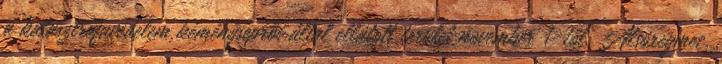
a katasztrófavédelem kéményseprői által ellátott terület november 1-től. Alsóregmec,